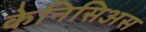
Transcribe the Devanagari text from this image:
केनिसिअस